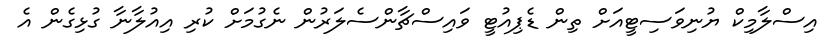
އިސްލާމިކް ޔުނިވަސިޓީއަށް ތިން ޑެޕިއުޓީ ވައިސްޗާންސެލަރުން ނެގުމަށް ކުރި އިއުލާނާ ގުޅިގެން އެ